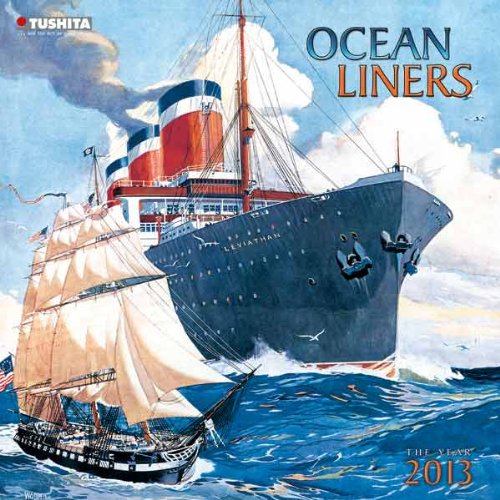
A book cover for Ocean Liners 2013; Calendars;